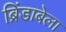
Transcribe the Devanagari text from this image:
ब्रिंडाबेला